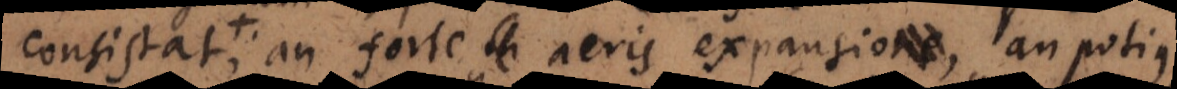
reciproca; an forte aëris expansio, an potius